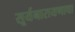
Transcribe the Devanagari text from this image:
सूर्यनारायणाचा